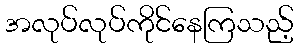
အလုပ်လုပ်ကိုင်နေကြသည့်